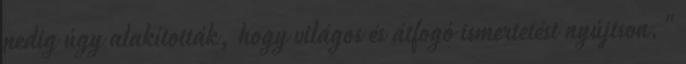
pedig úgy alakították, hogy világos és átfogó ismertetést nyújtson."